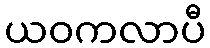
ယဝကလာပီ